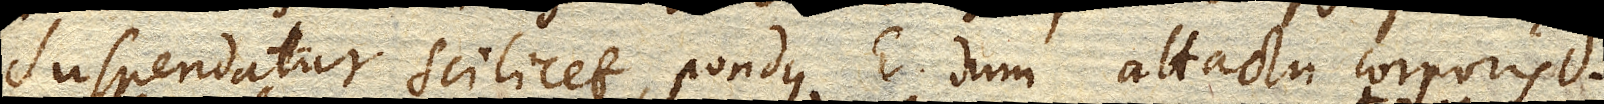
Suspendatur scilicet pondus e. dum attactu corporis d.